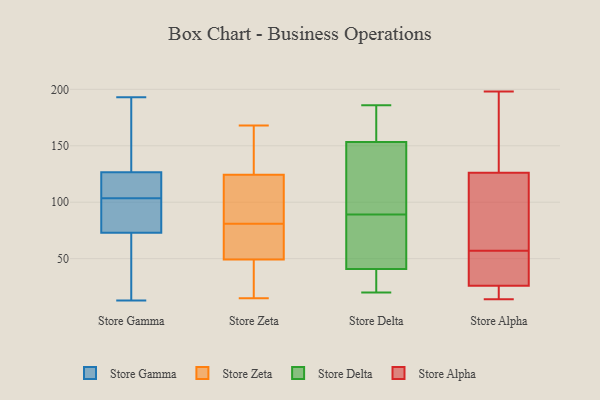
{"axis": {"x": "Website Visitors", "y": "Value"}, "legend": ["Store Alpha", "Store Delta", "Store Gamma", "Store Zeta"], "data": [{"x": "", "y": 69, "type": "Store Gamma"}, {"x": "", "y": 183, "type": "Store Gamma"}, {"x": "", "y": 94, "type": "Store Gamma"}, {"x": "", "y": 113, "type": "Store Gamma"}, {"x": "", "y": 165, "type": "Store Gamma"}, {"x": "", "y": 124, "type": "Store Gamma"}, {"x": "", "y": 66, "type": "Store Gamma"}, {"x": "", "y": 13, "type": "Store Gamma"}, {"x": "", "y": 96, "type": "Store Gamma"}, {"x": "", "y": 193, "type": "Store Gamma"}, {"x": "", "y": 129, "type": "Store Gamma"}, {"x": "", "y": 111, "type": "Store Gamma"}, {"x": "", "y": 77, "type": "Store Gamma"}, {"x": "", "y": 111, "type": "Store Gamma"}, {"x": "", "y": 79, "type": "Store Gamma"}, {"x": "", "y": 69, "type": "Store Gamma"}, {"x": "", "y": 81, "type": "Store Zeta"}, {"x": "", "y": 67, "type": "Store Zeta"}, {"x": "", "y": 105, "type": "Store Zeta"}, {"x": "", "y": 45, "type": "Store Zeta"}, {"x": "", "y": 137, "type": "Store Zeta"}, {"x": "", "y": 15, "type": "Store Zeta"}, {"x": "", "y": 50, "type": "Store Zeta"}, {"x": "", "y": 120, "type": "Store Zeta"}, {"x": "", "y": 168, "type": "Store Zeta"}, {"x": "", "y": 81, "type": "Store Zeta"}, {"x": "", "y": 47, "type": "Store Zeta"}, {"x": "", "y": 104, "type": "Store Zeta"}, {"x": "", "y": 147, "type": "Store Zeta"}, {"x": "", "y": 31, "type": "Store Delta"}, {"x": "", "y": 148, "type": "Store Delta"}, {"x": "", "y": 150, "type": "Store Delta"}, {"x": "", "y": 44, "type": "Store Delta"}, {"x": "", "y": 20, "type": "Store Delta"}, {"x": "", "y": 23, "type": "Store Delta"}, {"x": "", "y": 78, "type": "Store Delta"}, {"x": "", "y": 51, "type": "Store Delta"}, {"x": "", "y": 89, "type": "Store Delta"}, {"x": "", "y": 163, "type": "Store Delta"}, {"x": "", "y": 186, "type": "Store Delta"}, {"x": "", "y": 166, "type": "Store Delta"}, {"x": "", "y": 132, "type": "Store Delta"}, {"x": "", "y": 39, "type": "Store Alpha"}, {"x": "", "y": 177, "type": "Store Alpha"}, {"x": "", "y": 179, "type": "Store Alpha"}, {"x": "", "y": 126, "type": "Store Alpha"}, {"x": "", "y": 114, "type": "Store Alpha"}, {"x": "", "y": 22, "type": "Store Alpha"}, {"x": "", "y": 124, "type": "Store Alpha"}, {"x": "", "y": 16, "type": "Store Alpha"}, {"x": "", "y": 183, "type": "Store Alpha"}, {"x": "", "y": 26, "type": "Store Alpha"}, {"x": "", "y": 51, "type": "Store Alpha"}, {"x": "", "y": 93, "type": "Store Alpha"}, {"x": "", "y": 24, "type": "Store Alpha"}, {"x": "", "y": 38, "type": "Store Alpha"}, {"x": "", "y": 54, "type": "Store Alpha"}, {"x": "", "y": 14, "type": "Store Alpha"}, {"x": "", "y": 198, "type": "Store Alpha"}, {"x": "", "y": 60, "type": "Store Alpha"}]}